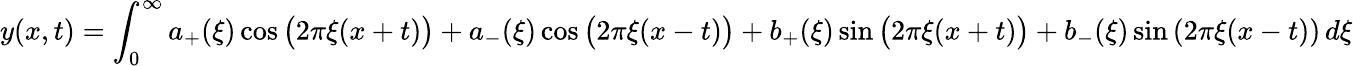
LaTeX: y(x,t)=\int_{0}^{\infty}a_{+}(\xi)\cos{\bigl(}2\pi\xi(x+t){\bigr)}+a_{-}(\xi)\cos{\bigl(}2\pi\xi(x-t){\bigr)}+b_{+}(\xi)\sin{\bigl(}2\pi\xi(x+t){\bigr)}+b_{-}(\xi)\sin\left(2\pi\xi(x-t)\right)\, d\xi